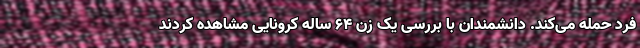
فرد حمله می‌کند. دانشمندان با بررسی یک زن ۶۴ ساله کرونایی مشاهده کردند